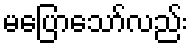
မပြောသော်လည်း